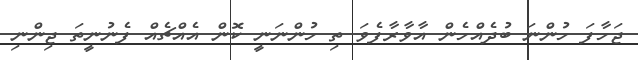
ޖަހާފަ ހުންނަ ބުދެއްހެން އާވާރާފެވަ ތި ހުންނަނީ ކޮން އެއްޗެއް ފެނުނީތަ ޖިންނި